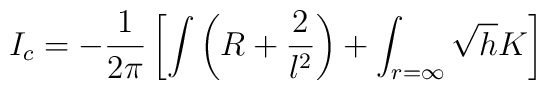
I_c = -\frac{1}{2\pi} \left[  \int \left( R+ \frac{2}{l^2} \right) +\int_{r=\infty} \sqrt{h} K \right]